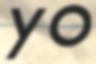
yo